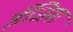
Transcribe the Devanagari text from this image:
ईजिया